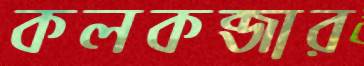
কলকব্জার